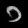
Digit: ၁